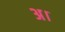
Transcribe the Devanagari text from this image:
अ।